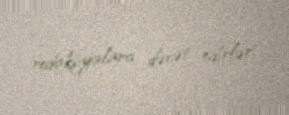
redaksiyalara dəvət edirlər.